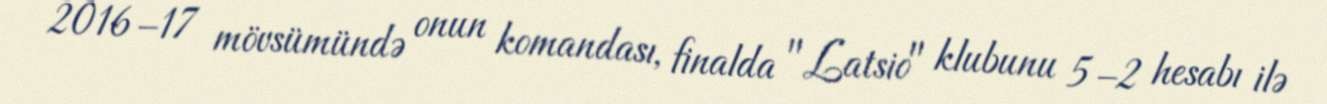
2016–17 mövsümündə onun komandası, finalda "Latsio" klubunu 5–2 hesabı ilə